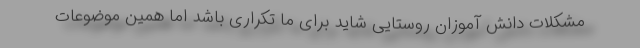
مشکلات دانش آموزان روستایی شاید برای ما تکراری باشد اما همین موضوعات